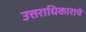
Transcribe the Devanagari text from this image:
उत्तराधिकाराचे